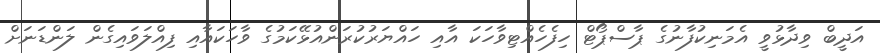
އަދީބް ވިދާޅުވީ އެމަނިކުފާނުގެ ޕާސްޕޯޓް ހިފެހެއްޓިވާހަކަ އާއި ހައްޔަރުކުރަންއުޅޭކަމުގެ ވާހަކައާއި ފިއްލަވައިގެން ލަންޑަނަށް